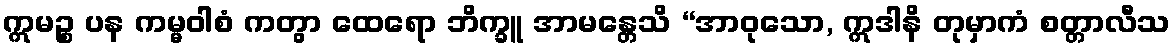
ဣမဉ္စ ပန ကမ္မဝါစံ ကတွာ ထေရော ဘိက္ခူ အာမန္တေသိ “အာဝုသော, ဣဒါနိ တုမှာကံ စတ္တာလီသ